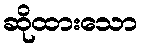
ဆိုထားသော